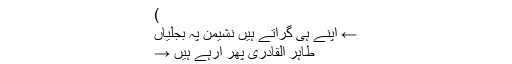
)
← اپنے ہی گراتے ہیں نشیمن پہ بجلیاں
طاہر القادری پھر آرہے ہیں →